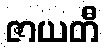
ဇာယတီ